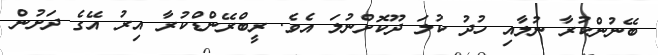
ބޭނުންކުރާ ނުލާއި ހުދު ކުލަ ދޫކޮށްނުލަ އެވެ. ރީބްރޭންޑްކުރާ އިރު އޭގެ ދަށުން